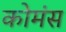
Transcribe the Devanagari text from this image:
कोमंस